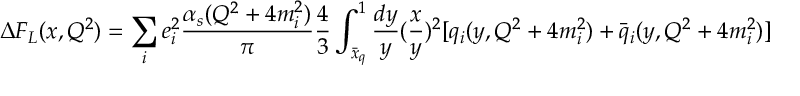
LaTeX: \Delta F _ { L } ( x , Q ^ { 2 } ) = \sum _ { i } e _ { i } ^ { 2 } \frac { \alpha _ { s } ( Q ^ { 2 } + 4 m _ { i } ^ { 2 } ) } { \pi } \frac { 4 } { 3 } \int _ { \bar { x } _ { q } } ^ { 1 } \frac { d y } { y } ( \frac { x } { y } ) ^ { 2 } [ q _ { i } ( y , Q ^ { 2 } + 4 m _ { i } ^ { 2 } ) + \bar { q } _ { i } ( y , Q ^ { 2 } + 4 m _ { i } ^ { 2 } ) ]